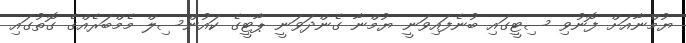
ޔުމްނާއަށް ފޮނުވި ސިޓީގައި ބުނެފައިވަނީ ޔުމްނާ ގެންދަވަނީ ޕާޓީގެ ކައުންސިލް މެމްބަރެއްގެ ގޮތުގައި